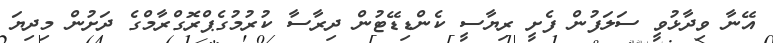
އޭނާ ވިދާޅުވީ ސަލަފުން ފެށީ ރިޔާސީ ކެންޑިޑޭޓުން ދިރާސާ ކުރުމުގެޕްރޮގްރާމްގެ ދަށުން މިދިޔަ